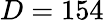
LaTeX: D=154